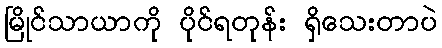
မြိုင်သာယာကို ပိုင်ရတုန်း ရှိသေးတာပဲ